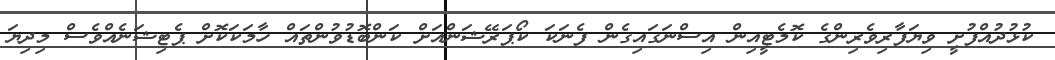
ކުޅުދުއްފުށީ ވިޔަފާރިވެރިންގެ ކޮމެޓީއިން އިސްނަގައިގެން ފެނަކަ ކޯޕަރޭޝަންއަށް ކަންބޮޑުވުންތައް ހާމަކަކޮށް ޕެޓިޝަނެއްވެސް މިދިޔަ